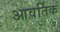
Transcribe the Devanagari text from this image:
आवर्तिक